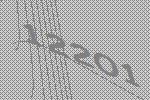
12201